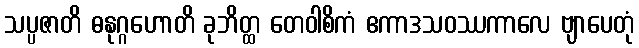
သပ္ပဇာတိ ဓနုဂ္ဂဟောတိ ခုဘိတ္ထ တေဝါစိကံ ဧကာဒသဝဿကာလေ ဗျာပေတုံ